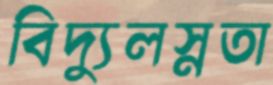
বিদ্যুলস্নতা